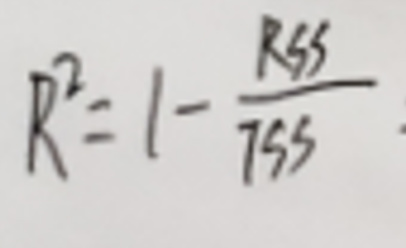
$R ^ { 2 } = 1 - \frac {RSS} { TSS }$